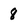
Character: 8